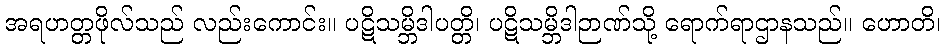
အရဟတ္တဖိုလ်သည် လည်းကောင်း။ ပဋိသမ္ဘိဒါပတ္တိ၊ ပဋိသမ္ဘိဒါဉာဏ်သို့ ရောက်ရာဌာနသည်။ ဟောတိ၊